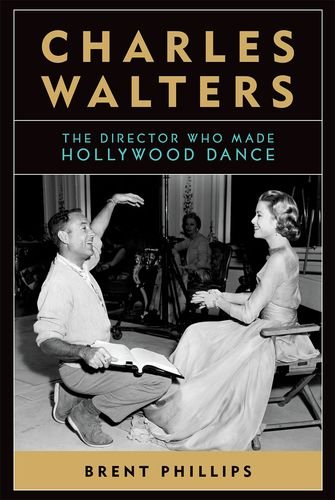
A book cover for Charles Walters: The Director Who Made Hollywood Dance (Screen Classics); Brent Phillips; Humor & Entertainment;